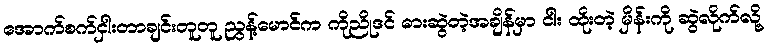
အောက်စက်ငှါးတာချင်းတူတူ ညွန့်မောင်က ကိုညိုဒင် ဓားဆွဲတဲ့အချိန်မှာ ငါး ထိုးတဲ့ မှိန်းကို ဆွဲလိုက်လို့